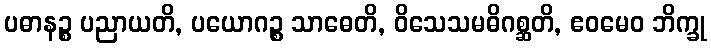
ပဓာနဉ္စ ပညာယတိ, ပယောဂဉ္စ သာဓေတိ, ဝိသေသမဓိဂစ္ဆတိ, ဧဝမေဝ ဘိက္ခု